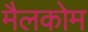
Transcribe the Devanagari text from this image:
मैलकोम